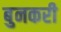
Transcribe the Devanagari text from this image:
बुनकरी